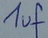
Text: 1uf